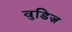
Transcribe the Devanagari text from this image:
वुडिज़